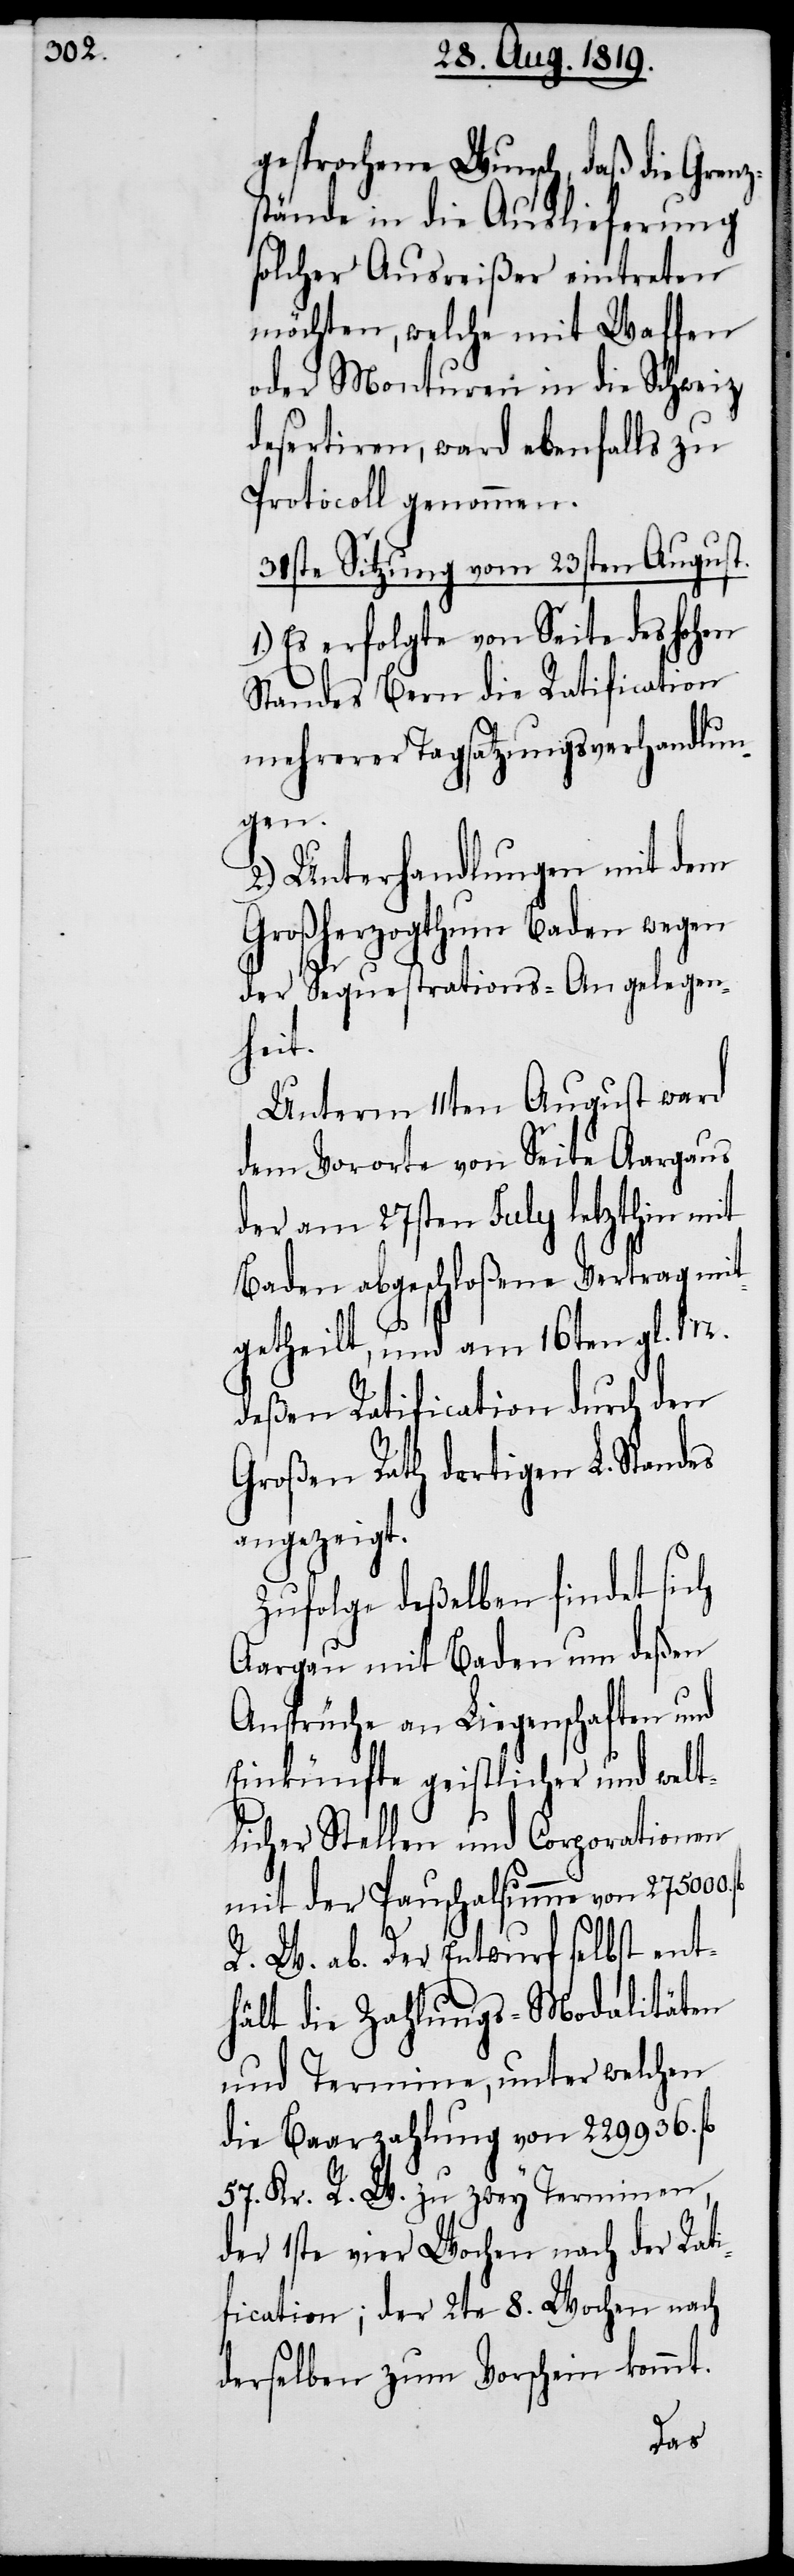
gesprochene Wunsch, daß die Grenz¬
stände in die Auslieferung
solcher Ausreißer eintreten
möchten, welche mit Waffen
oder Monturen in die Schweiz
desertieren, ward ebenfalls zu
Protocoll genommen.
31ste Sitzung vom 23sten August.
1.) Es erfolgte von Seite des hohen
Standes Bern die Ratification
mehrerer Tagsatzungsverhandlun¬
gen.
2.) Unterhandlungen mit dem
Großherzogthum Baden wegen
der Sequestrations-Angelegen¬
heit.
Unterm 11ten August ward
dem Vororte von Seite Aargaus
der am 27sten July letzthin mit
Baden abgeschloßene Vertrag mit¬
getheilt, und am 16ten gl. M.
deßen Ratification durch den
Großen Rath dortigen L. Standes
angezeigt.
Zufolge deßelben findet sich
Aargau mit Baden um deßen
Ansprüche an Liegenschaften und
Einkünfte geistlicher und welt¬
licher Stellen und Corporationen
mit der Pauschalsumme von 275000.
R. W. ab. Der Entwurf selbst ent¬
hält die Zahlungs-Modalitäten
und Termine, unter welchen
die Baarzahlung von 229936.
57 Kr. R. W. zu zwey Terminen
der 1ste vier Wochen nach der Rati¬
fication; der 2te 8. Wochen nach
derselben zum Vorschein kommt.